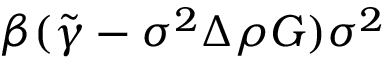
\beta ( \tilde { \gamma } - \sigma ^ { 2 } \Delta \rho { G } ) \sigma ^ { 2 }